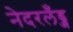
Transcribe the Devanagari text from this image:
नेदरलँड्ज